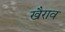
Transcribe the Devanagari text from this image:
खैराव